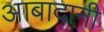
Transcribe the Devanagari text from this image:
आबादानी